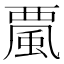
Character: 𩗏